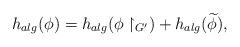
LaTeX: \begin{align*}h_{alg}(\phi)=h_{alg}(\phi\upharpoonright_{G'})+h_{alg}(\widetilde{\phi}),\end{align*}